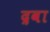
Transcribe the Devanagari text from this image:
द्रवा